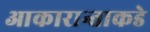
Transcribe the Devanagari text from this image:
आकारान्ताकडे